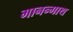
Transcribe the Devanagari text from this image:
मानन्गाथ